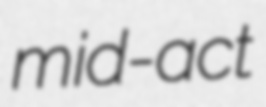
mid-act